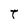
Character: T